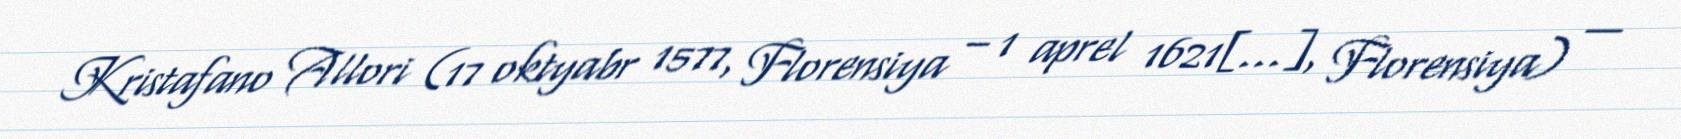
Kristafano Allori (17 oktyabr 1577, Florensiya – 1 aprel 1621[…], Florensiya) —